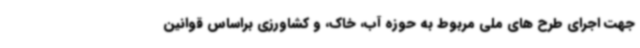
جهت اجرای طرح های ملی مربوط به حوزه آب، خاک، و کشاورزی براساس قوانین